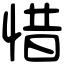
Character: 惜